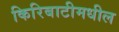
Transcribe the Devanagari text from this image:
किरिबाटीमधील